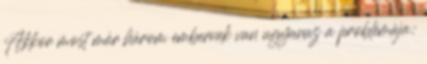
Akkor most már három embernek van ugyanaz a problémája: